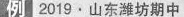
例”2019·山东潍坊期中